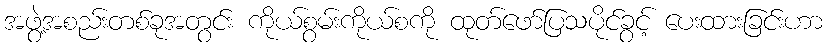
အဖွဲ့အစည်းတစ်ခုအတွင်း ကိုယ်စွမ်းကိုယ်စကို ထုတ်ဖော်ပြသပိုင်ခွင့် ပေးထားခြင်းဟာ